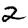
Digit: 2